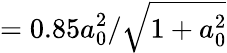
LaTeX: =0.85a_{0}^{2}/\sqrt{1+a_{0}^{2}}